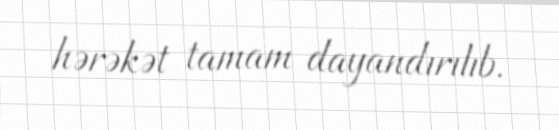
hərəkət tamam dayandırılıb.